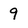
Character: 9